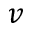
v